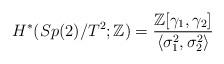
LaTeX: \begin{align*} H^*(Sp(2)/T^2;\mathbb{Z})=\frac{\mathbb{Z}[\gamma_1,\gamma_2]}{\langle\sigma_1^2,\sigma_{2}^2\rangle} \end{align*}